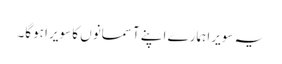
یہ سویرا ہمارے اپنے آسمانوں کا سویرا ہوگا۔